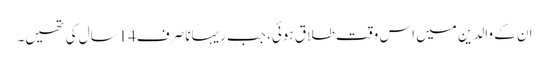
ان کے والدین میں اس وقت طلاق ہوئی، جب ریہانا صرف14سال کی تھیں۔